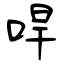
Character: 哻